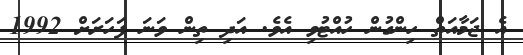
އެ ޖަމާއަތް ހިންގުން ހުއްޓުވި އެވެ. އަދި ތިން ވަނަ ފަހަރަށް 1992